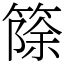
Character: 篨